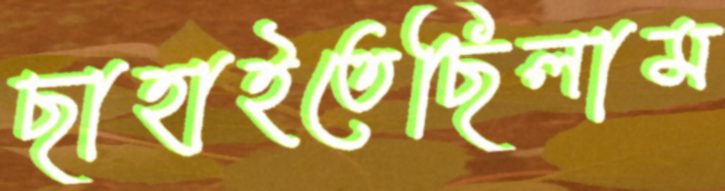
ছাহাইতেছিলাম